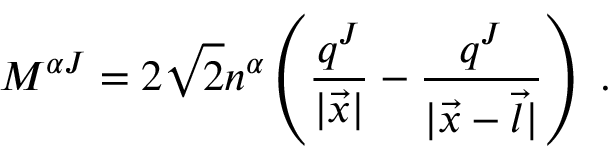
{ \cal M } ^ { \alpha J } = 2 \sqrt 2 n ^ { \alpha } \left( \frac { q ^ { J } } { | \vec { x } | } - \frac { q ^ { J } } { | \vec { x } - \vec { l } | } \right) \ .